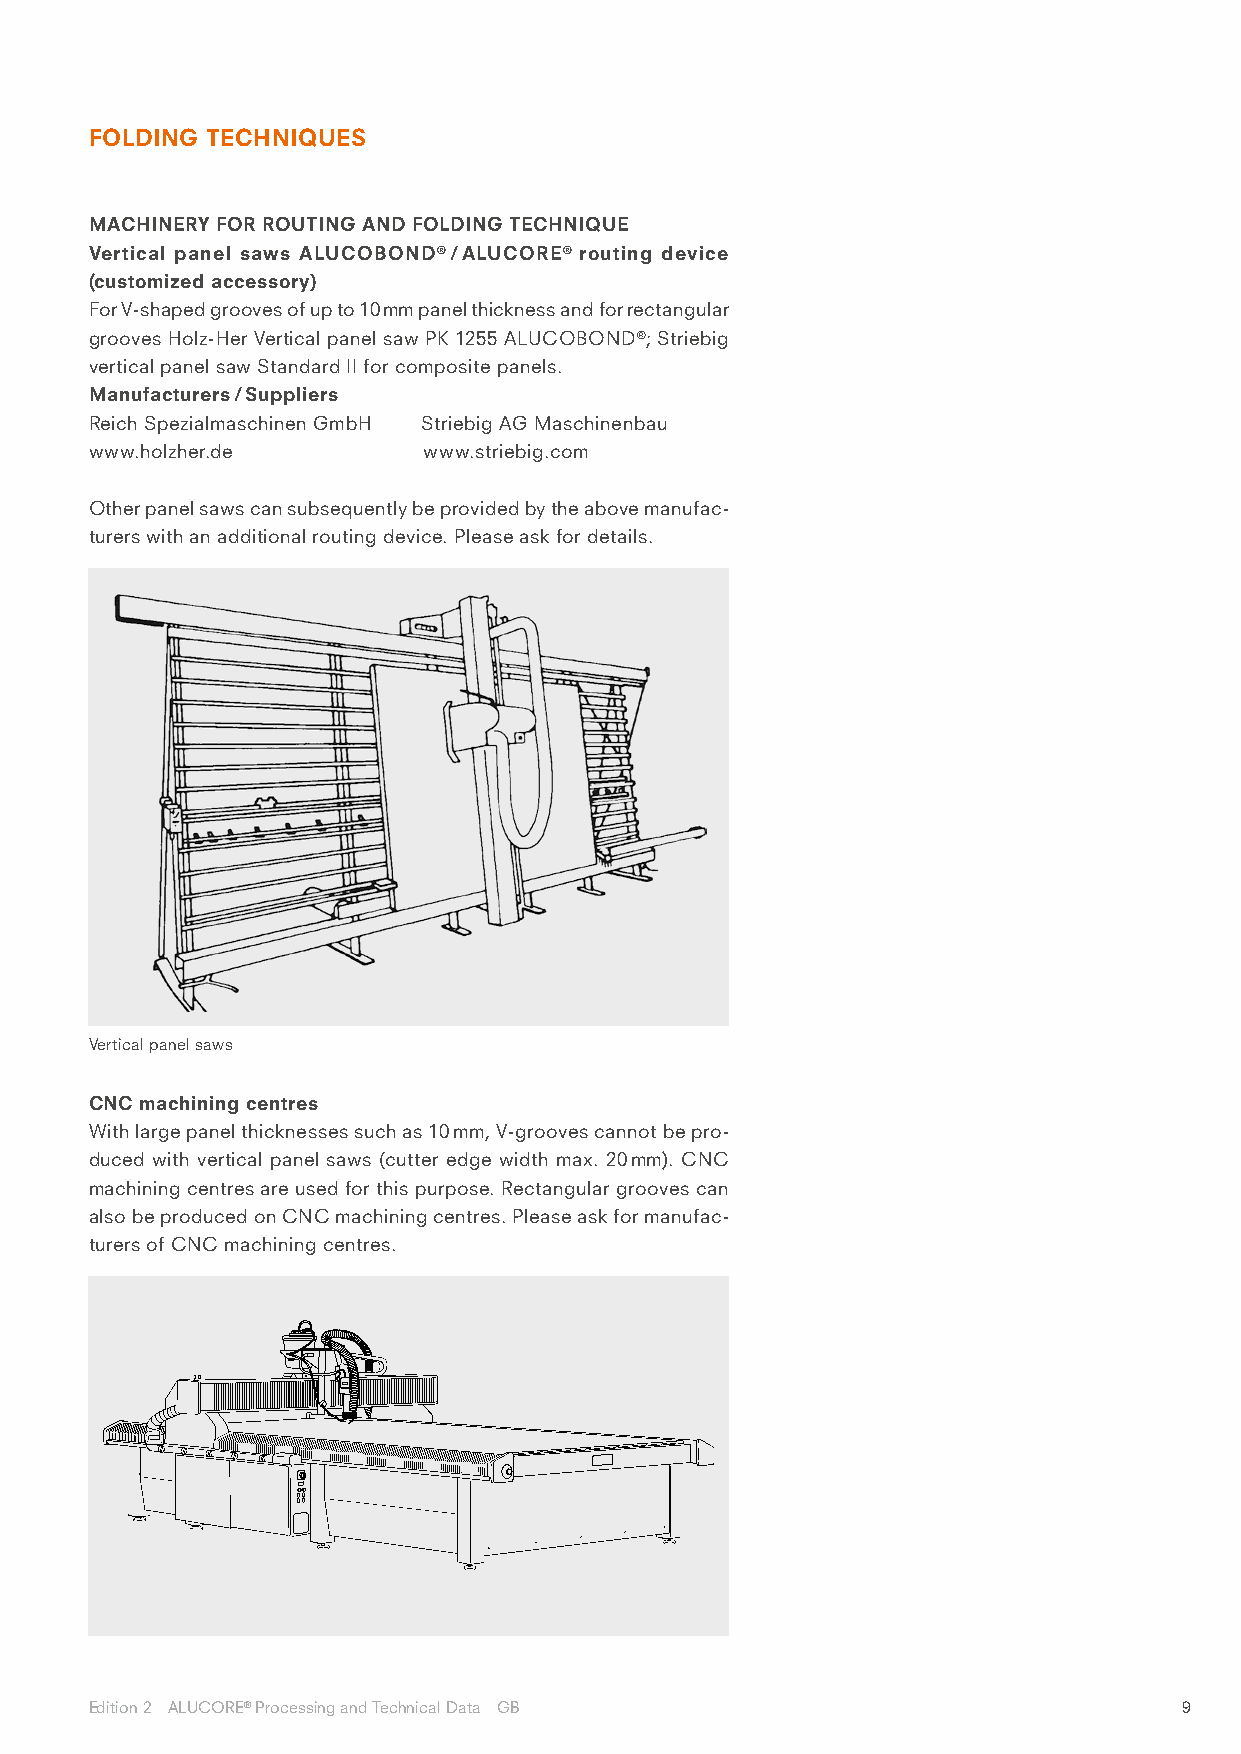
FOLDING TECHNIQUES
 MACHINERY FOR ROUTING AND FOLDING TECHNIQUE
 Vertical panel saws ALUCOBOND® / ALUCORE® routing device
 (customized accessory)
 For V-shaped grooves of up to 10 mm panel thickness and for rectangular
 grooves Holz-Her Vertical panel saw PK 1255 ALUCOBOND®; Striebig
 vertical panel saw Standard II for composite panels.
 Manufacturers / Suppliers
 Reich Spezialmaschinen GmbH Striebig AG Maschinenbau
 www.holzher.de        www.striebig.com
 Other panel saws can subsequently be provided by the above manufac-
 turers with an additional routing device. Please ask for details.
 Vertical panel saws
 CNC machining centres
 With large panel thicknesses such as 10 mm, V-grooves cannot be pro-
 duced with vertical panel saws (cutter edge width max. 20 mm). CNC
 machining centres are used for this purpose. Rectangular grooves can
 also be produced on CNC machining centres. Please ask for manufac-
 turers of CNC machining centres.
 Edition 2 ALUCORE® Processing and Technical Data GB                     9